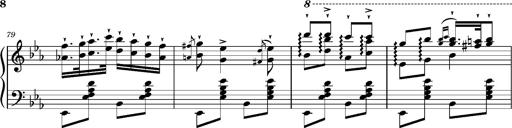
Title: Magyar rapszÃ³diÃ¡k
Composer: Franz Liszt